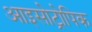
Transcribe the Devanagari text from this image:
आइसोट्रोपिक